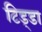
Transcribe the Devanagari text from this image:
टिड्डा